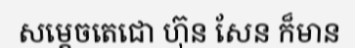
សម្តេចតេជោ ហ៊ុន សែន ក៏មាន